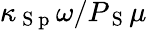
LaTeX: \kappa_{\mathrm{~S~p~}}\omega/P_{\mathrm{~S~}}\mu